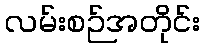
လမ်းစဉ်အတိုင်း